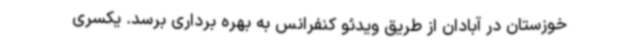
خوزستان در آبادان از طریق ویدئو کنفرانس به بهره برداری برسد. یکسری